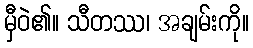
မှီဝဲ၏။ သီတဿ၊ အချမ်းကို။